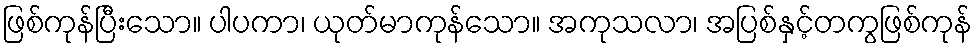
ဖြစ်ကုန်ပြီးသော။ ပါပကာ၊ ယုတ်မာကုန်သော။ အကုသလာ၊ အပြစ်နှင့်တကွဖြစ်ကုန်